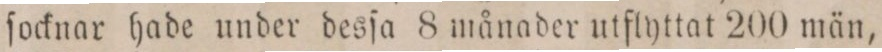
ſocknar hade under desſa 8 månader utflyttat 200 män,